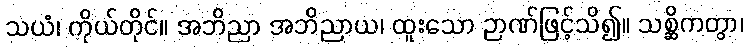
သယံ၊ ကိုယ်တိုင်။ အဘိညာ အဘိညာယ၊ ထူးသော ဉာဏ်ဖြင့်သိ၍။ သစ္ဆိကတွာ၊